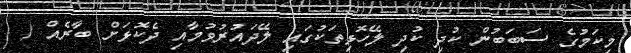
މިކަމުގެ ސަބަބުން ކުދި ކުދި ލޭހޮޅިތަކުގައި ލޭދައުރުވުމާއި ދެކޮޅަށް ބާރެއް (